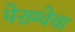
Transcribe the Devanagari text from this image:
पेराग्वेचा